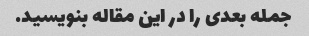
جمله بعدی را در این مقاله بنویسید.